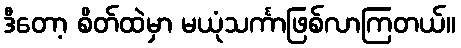
ဒီတော့ စိတ်ထဲမှာ မယုံသင်္ကာဖြစ်လာကြတယ်။